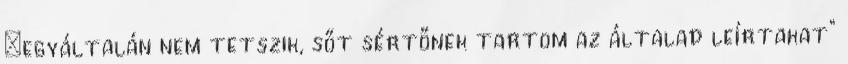
„egyáltalán nem tetszik, sőt sértőnek tartom az általad leírtakat”